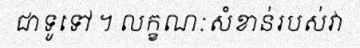
ជាទូទៅ ។ លក្ខណៈសំខាន់របស់វា